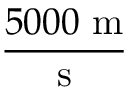
\frac { 5 0 0 0 { \mathrm { ~ m } } } { \mathrm { s } }